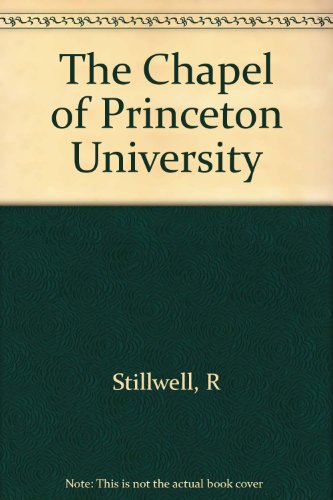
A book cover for The Chapel of Princeton University; Richard Stillwell; Travel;